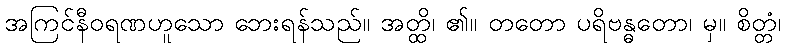
အကြင်နီဝရဏဟူသော ဘေးရန်သည်။ အတ္ထိ၊ ၏။ တတော ပရိဗန္ဓတော၊ မှ။ စိတ္တံ၊